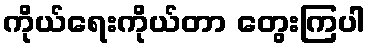
ကိုယ်ရေးကိုယ်တာ တွေးကြပါ